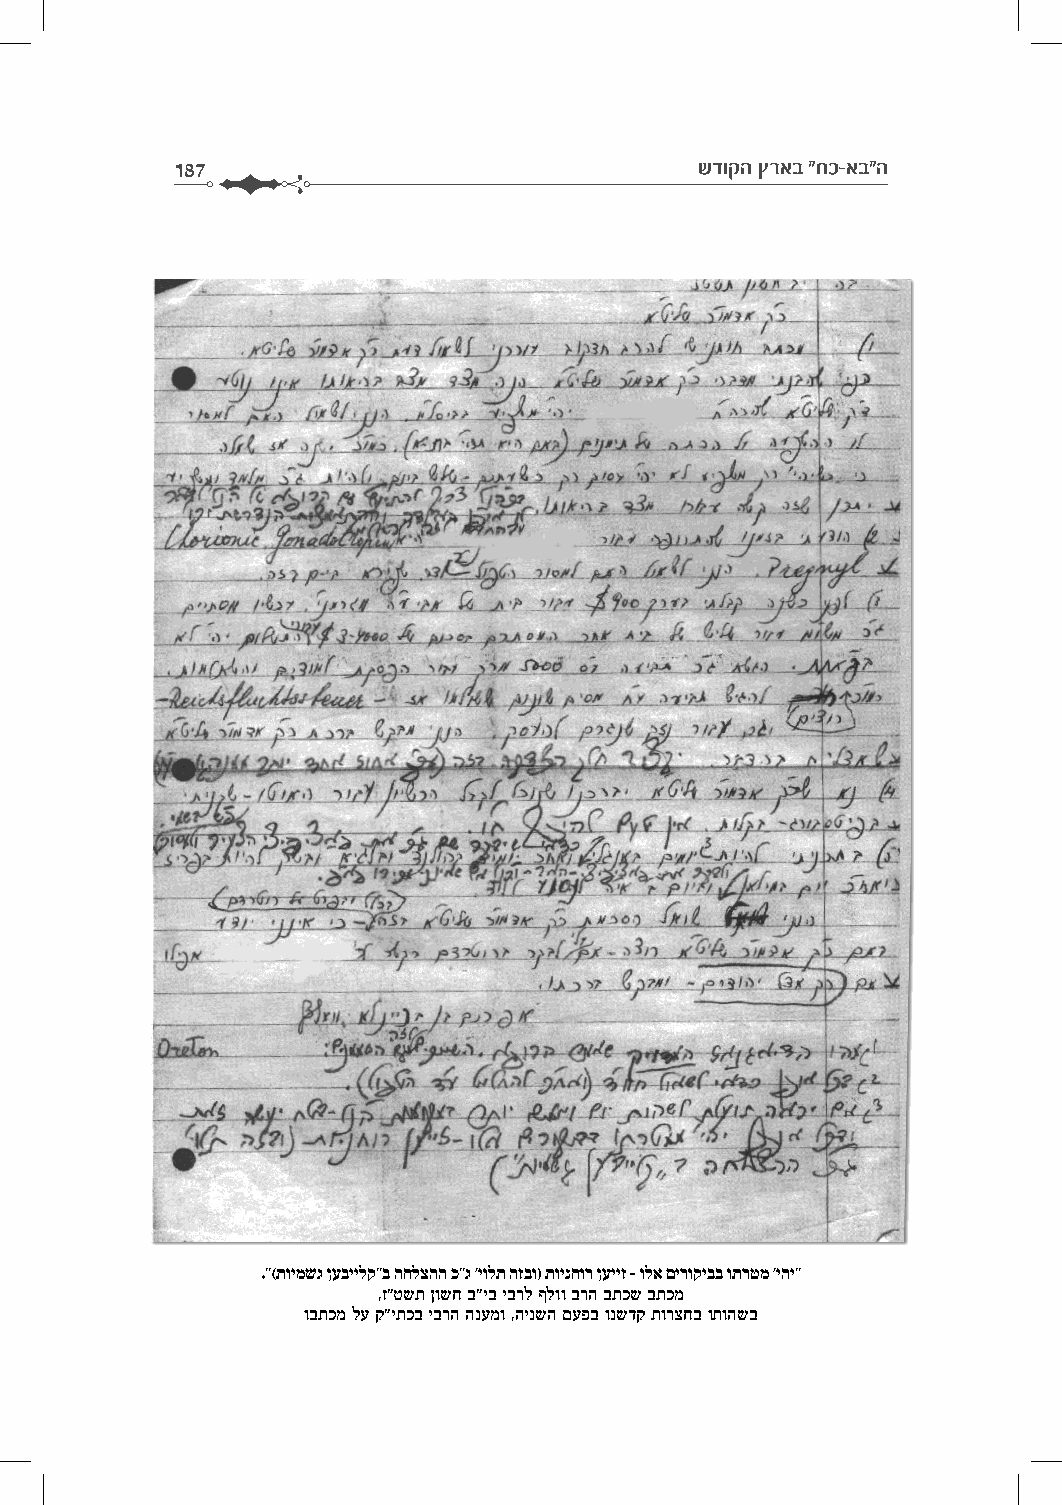
187                                שדוקה ץראב "חכ-אב"ה
 ."(תוימשג ןעביילק"ב החלצהה כ"ג 'יולת הזבו) תוינחור ןעייז – ולא םירוקיבב ותרטמ 'יהי"
 ,ז"טשת ןושח ב"יב יברל ףלוו ברה בתכש בתכמ
 ובתכמ לע ק"יתכב יברה הנעמו ,הינשה םעפב ונשדק תורצחב ותוהשב